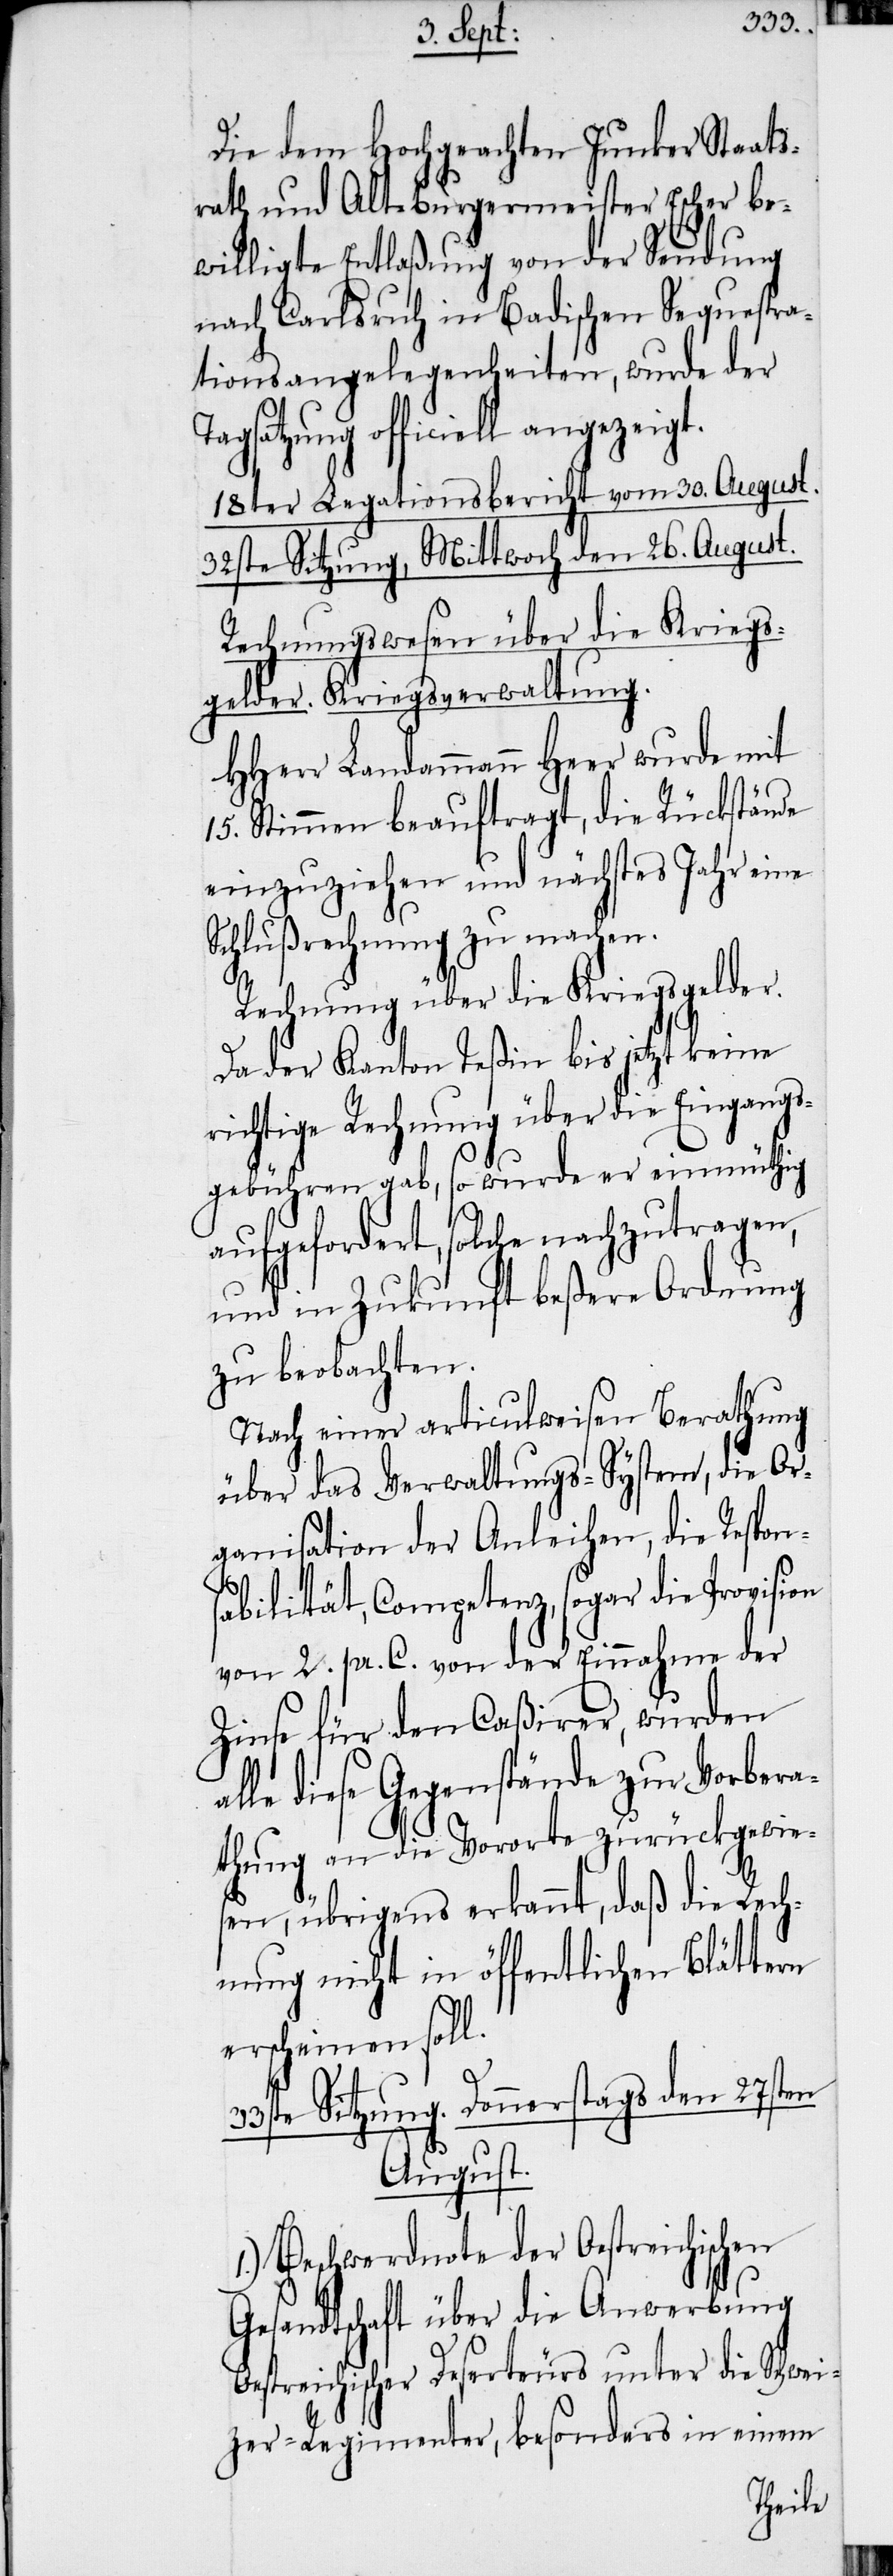
Die dem Hochgeachten Junker Staats¬
rath und Alt-Burgermeister Escher be¬
willigte Entlaßung von der Sendung
nach Carlsruh in Badischen Sequestra¬
tionsangelegenheiten, wurde der
Tagsatzung officiell angezeigt.
18ter Legationsbericht vom 30. August.
32ste Sitzung, Mittwoch den 26. August.
Rechnungswesen über die Kriegs¬
gelder. Kriegsverwaltung.
HHerr Landammann Heer wurde mit
15. Stimmen beauftragt, die Rückstände
einzuziehen und nächstes Jahr eine
Schlußrechnung zu machen.
Da der Kanton Teßin bis jetzt keine
richtige Rechnung über die Eingangs¬
gebühren gab, so wurde er einmüthig
aufgefordert, solche nachzutragen,
und in Zukunft beßere Ordnung
zu beobachten.
Nach einer articulweisen Berathung
über das Verwaltungs-System, die Or¬
ganisation der Anleihen, die Respon¬
33s¬
abilität, Competenz, sogar die Provision
von 2. pr. C. von der Einnahme der
Zinse für den Caßirer, wurden
alle diese Gegenstände zur Vorbera¬
thung an die Vororte zurückgewies¬
en, übrigens erkannt, daß die Rech¬
nung nicht in öffentlichen Blättern
erscheinen soll.
te Sitzung. Donnerstags den 27sten
August.
1.) Beschwerdnote der Oestreichischen
Gesandtschaft über die Anwerbung
Oestreichischer Deserteurs unter die Schwei¬
zer-Regimenter, besonders in einem